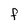
Character: F